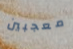
معجبين